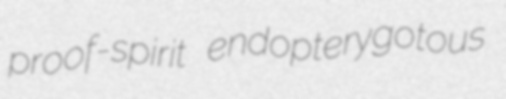
proof-spirit endopterygotous